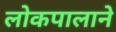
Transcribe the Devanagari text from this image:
लोकपालाने